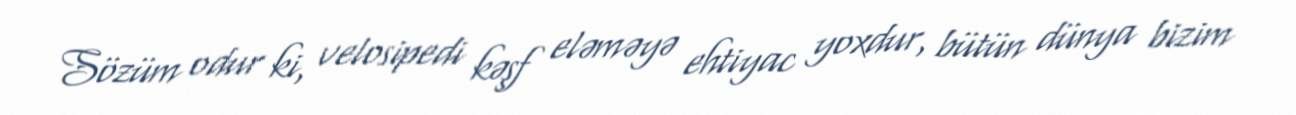
Sözüm odur ki, velosipedi kəşf eləməyə ehtiyac yoxdur, bütün dünya bizim